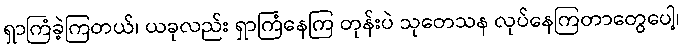
ရှာကြံခဲ့ကြတယ်၊ ယခုလည်း ရှာကြံနေကြ တုန်းပဲ သုတေသန လုပ်နေကြတာတွေပေါ့၊